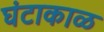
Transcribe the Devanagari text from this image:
घंटाकाळ